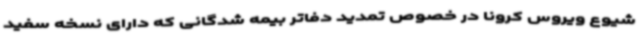
شیوع ویروس کرونا در خصوص تمدید دفاتر بیمه شدگانی که دارای نسخه سفید